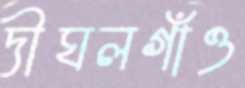
দীঘলগাঁও